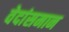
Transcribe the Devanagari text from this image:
वेदांसमान